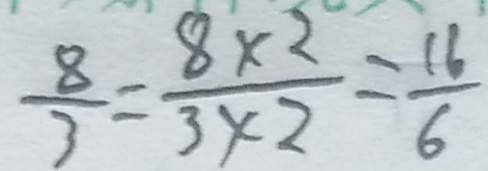
\frac { 8 } { 3 } = \frac { 8 \times 2 } { 3 \times 2 } = \frac { 1 6 } { 6 }